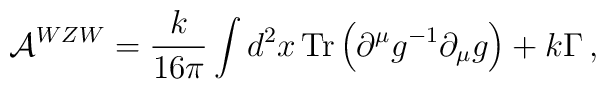
{\cal A}^{WZW}=\frac{k}{16\pi}\int d^{2}x\,\textrm{Tr}\left(\partial^{\mu}g^{-1}\partial_{\mu}g\right)+k\Gamma\,,